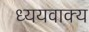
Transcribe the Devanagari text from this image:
ध्ययवाक्य